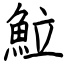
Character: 𩶘